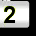
Digit: 2